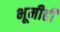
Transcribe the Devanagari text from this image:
भूमीही